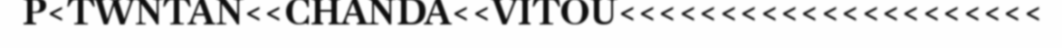
P<TWNTAN<<CHANDA<<VITOU<<<<<<<<<<<<<<<<<<<<<